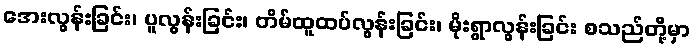
အေးလွန်းခြင်း၊ ပူလွန်းခြင်း၊ တိမ်ထူထပ်လွန်းခြင်း၊ မိုးရွာလွန်းခြင်း စသည်တို့မှာ